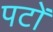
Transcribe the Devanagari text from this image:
पटों